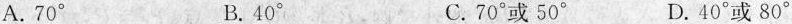
A.70^{\circ} B.40^{\circ} C.70^{\circ}或50^{\circ} D.40^{\circ}或80^{\circ}